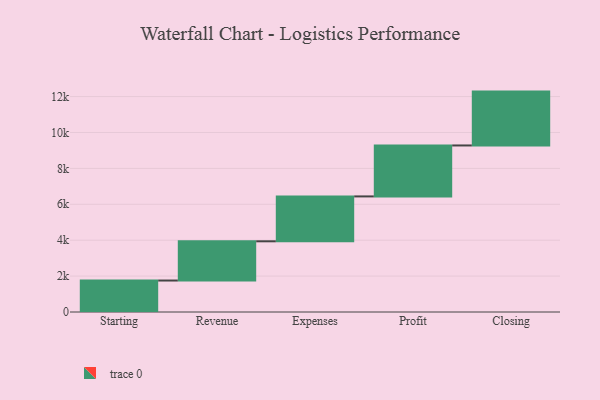
{"axis": {"x": "Step", "y": "Value"}, "legend": [""], "data": [{"x": "Starting", "y": 1753.0, "type": ""}, {"x": "Revenue", "y": 2185.0, "type": ""}, {"x": "Expenses", "y": 2501.0, "type": ""}, {"x": "Profit", "y": 2838.0, "type": ""}, {"x": "Closing", "y": 3000, "type": ""}]}